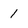
Character: I